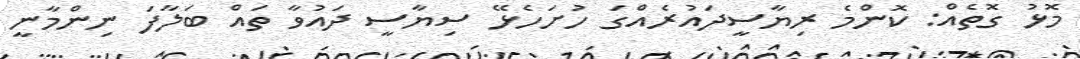
މޮޅު ގޮތެއް: ކޮންމެ ރިޔާސީދައުރެއްގަ ހުށަހެޅޭ ސިޔާސީ ދައުވާ ތައް ބަލާފަ ނިންމާނީ